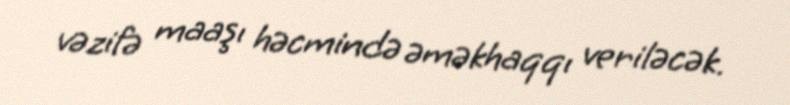
vəzifə maaşı həcmində əməkhaqqı veriləcək.